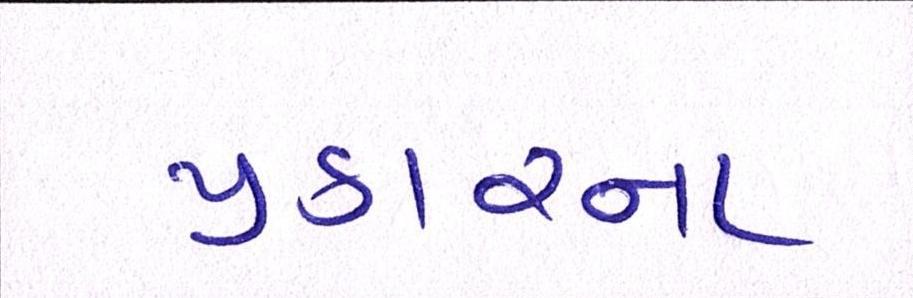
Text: પ્રકારના